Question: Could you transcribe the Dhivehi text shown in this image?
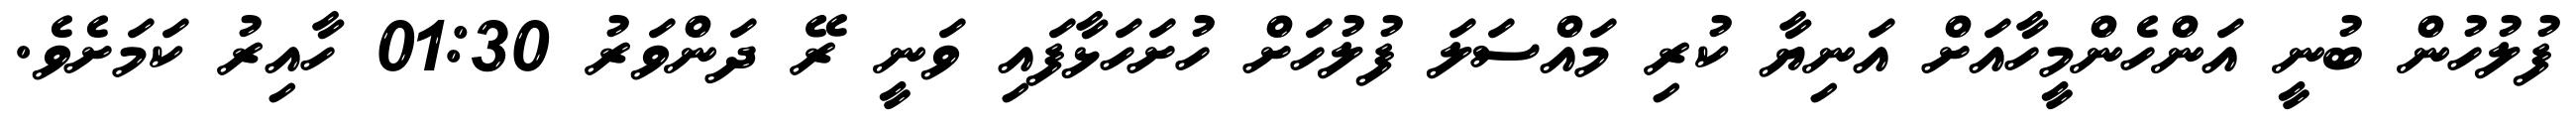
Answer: ފުލުހުން ބުނީ އަންހެންމީހާއަށް އަނިޔާ ކުރި މައްސަލަ ފުލުހަށް ހުށަހަޅާފައި ވަނީ ރޭ ދަންވަރު 01:30 ހާއިރު ކަމަށެވެ.